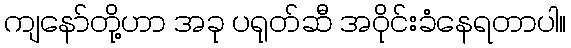
ကျနော်တို့ဟာ အခု ပရုတ်ဆီ အဝိုင်းခံနေရတာပါ။